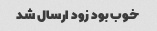
خوب بود زود ارسال شد